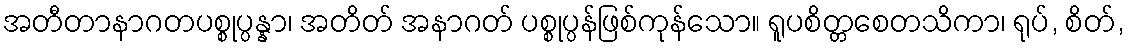
အတီတာနာဂတပစ္စုပ္ပန္နာ၊ အတိတ် အနာဂတ် ပစ္စုပ္ပန်ဖြစ်ကုန်သော။ ရူပစိတ္တစေတသိကာ၊ ရုပ်, စိတ်,